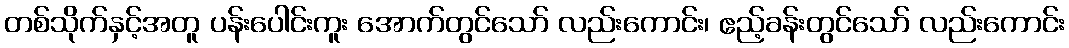
တစ်သိုက်နှင့်အတူ ပန်းပေါင်းကူး အောက်တွင်သော် လည်းကောင်း၊ ဧည့်ခန်းတွင်သော် လည်းကောင်း